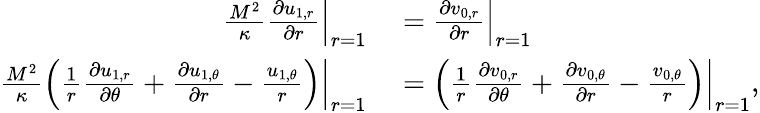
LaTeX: \begin{array}{rl}{\frac{M^{2}}{\kappa}\left.\frac{\partial u_{1,r}}{\partial r}\right|_{r=1}}&{{}=\left.\frac{\partial v_{0,r}}{\partial r}\right|_{r=1}}\\ {\frac{M^{2}}{\kappa}\left.\left(\frac{1}{r}\frac{\partial u_{1,r}}{\partial\theta}+\frac{\partial u_{1,\theta}}{\partial r}-\frac{u_{1,\theta}}{r}\right)\right|_{r=1}}&{{}=\left.\left(\frac{1}{r}\frac{\partial v_{0,r}}{\partial\theta}+\frac{\partial v_{0,\theta}}{\partial r}-\frac{v_{0,\theta}}{r}\right)\right|_{r=1},}\end{array}